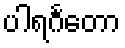
ပါရင်္ဂတော